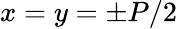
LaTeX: x=y=\pm P/2